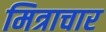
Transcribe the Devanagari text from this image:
मित्राचार